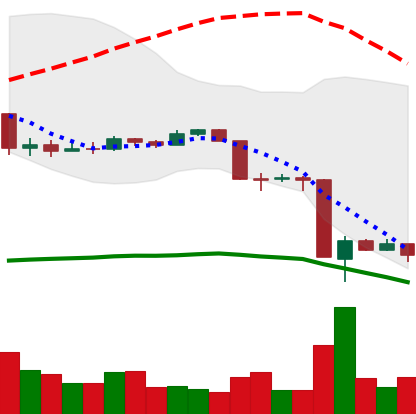
Ticker: EOS-USD
Chart end date: 2020-03-16
Forward return: 20.874%
Label: up_7plus